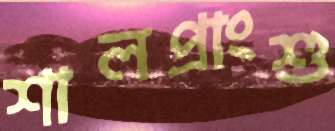
শালপ্রাংশু